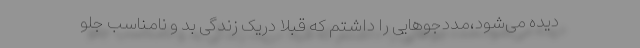
دیده می‌شود،مددجوهایی را داشتم که قبلا دریک زندگی بد و نامناسب جلو